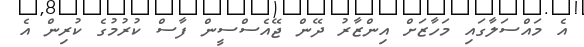
އެ މައްސަލާގައި މަހާޒަށް އިންޒާރު ދޭން ޖޭއެސްސީން ފާސް ކުރުމުގެ ކުރިން އެ